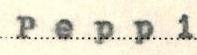
Peppi